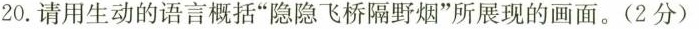
20.请用生动的语言概括”隐隐飞桥隔野烟”所展现的画面。(2分)